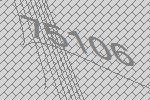
75106